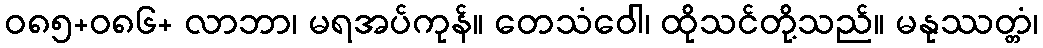
ဝ၈၅+၀၈၆+ လာဘာ၊ မရအပ်ကုန်။ တေသံဝေါ၊ ထိုသင်တို့သည်။ မနုဿတ္တံ၊